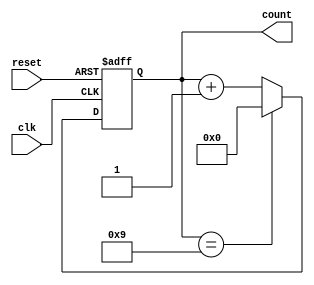
module decade_counter (
    input wire clk,       // Clock input
    input wire reset,     // Asynchronous reset input
    output reg [3:0] count // 4-bit output count
);

// Always block to handle asynchronous reset and counting
always @(posedge clk or posedge reset) begin
    if (reset) begin
        count <= 4'b0000; // Reset the count to 0
    end else begin
        if (count == 4'b1001) begin
            count <= 4'b0000; // Reset to 0 if count is 10 (1010)
        end else begin
            count <= count + 1; // Increment the count
        end
    end
end

endmodule